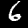
Digit: 6